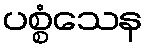
ပစ္စံသေန